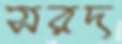
সরদ